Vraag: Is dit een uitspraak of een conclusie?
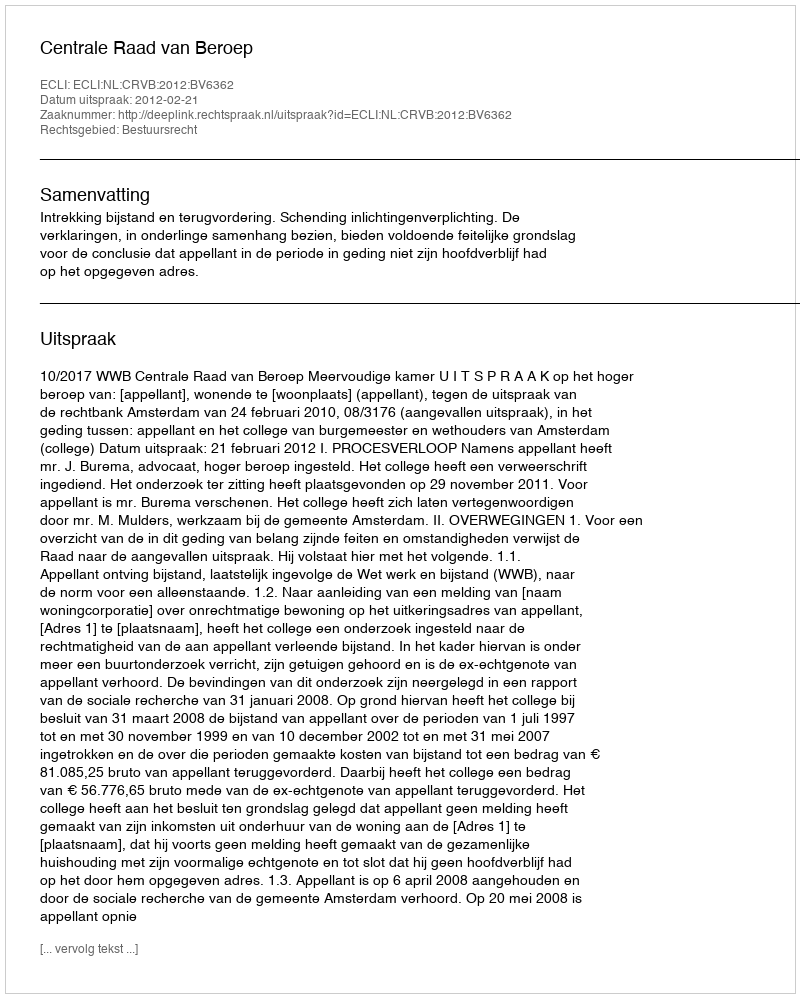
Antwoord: Uitspraak